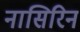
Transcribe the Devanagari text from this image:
नासिरिन